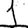
Digit: 1